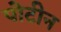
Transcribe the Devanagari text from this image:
पोटीन